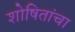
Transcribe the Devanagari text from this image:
शोषितांचा